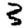
Digit: 3